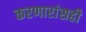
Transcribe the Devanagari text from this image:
करणारांसही